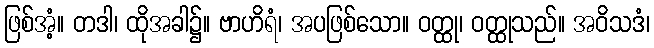
ဖြစ်အံ့။ တဒါ၊ ထိုအခါ၌။ ဗာဟိရံ၊ အပဖြစ်သော။ ဝတ္ထု၊ ဝတ္ထုသည်။ အဝိသဒံ၊